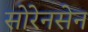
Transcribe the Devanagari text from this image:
सोरेनसेन